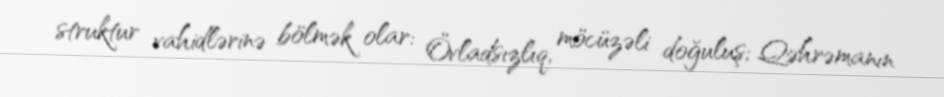
struktur vahidlərinə bölmək olar: Övladsızlıq, möcüzəli doğuluş; Qəhrəmanın